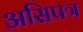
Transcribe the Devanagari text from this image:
असिपत्र